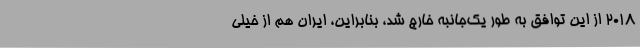
۲۰۱۸ از این توافق به طور یک‌جانبه خارج شد، بنابراین، ایران هم از خیلی